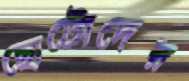
ছোটোদের